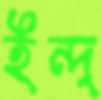
ইন্দ্